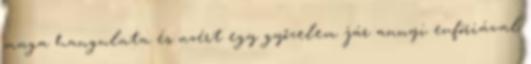
maga hangulata és azért egy győzelem jár annyi eufóriával